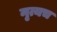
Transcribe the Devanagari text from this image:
नृत्यच